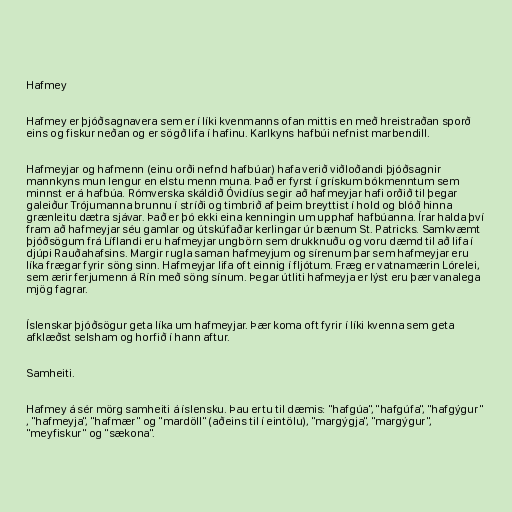
Hafmey

Hafmey er þjóðsagnavera sem er í líki kvenmanns ofan mittis en með hreistraðan sporð
eins og fiskur neðan og er sögð lifa í hafinu. Karlkyns hafbúi nefnist marbendill.

Hafmeyjar og hafmenn (einu orði nefnd hafbúar) hafa verið viðloðandi þjóðsagnir
mannkyns mun lengur en elstu menn muna. Það er fyrst í grískum bókmenntum sem
minnst er á hafbúa. Rómverska skáldið Óvidíus segir að hafmeyjar hafi orðið til þegar
galeiður Trójumanna brunnu í stríði og timbrið af þeim breyttist í hold og blóð hinna
grænleitu dætra sjávar. Það er þó ekki eina kenningin um upphaf hafbúanna. Írar halda því
fram að hafmeyjar séu gamlar og útskúfaðar kerlingar úr bænum St. Patricks. Samkvæmt
þjóðsögum frá Líflandi eru hafmeyjar ungbörn sem drukknuðu og voru dæmd til að lifa í
djúpi Rauðahafsins. Margir rugla saman hafmeyjum og sírenum þar sem hafmeyjar eru
líka frægar fyrir söng sinn. Hafmeyjar lifa oft einnig í fljótum. Fræg er vatnamærin Lórelei,
sem ærir ferjumenn á Rín með söng sínum. Þegar útliti hafmeyja er lýst eru þær vanalega
mjög fagrar.

Íslenskar þjóðsögur geta líka um hafmeyjar. Þær koma oft fyrir í líki kvenna sem geta
afklæðst selsham og horfið í hann aftur.

Samheiti.

Hafmey á sér mörg samheiti á íslensku. Þau ertu til dæmis: "hafgúa", "hafgúfa", "hafgýgur"
, "hafmeyja", "hafmær" og "mardöll" (aðeins til í eintölu), "margýgja", "margýgur",
"meyfiskur" og "sækona".